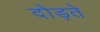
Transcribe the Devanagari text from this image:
दोड़ते